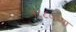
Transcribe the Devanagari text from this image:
१८८०च्या